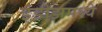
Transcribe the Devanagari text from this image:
इंडीझमध्ये